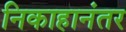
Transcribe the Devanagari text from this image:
निकाहानंतर